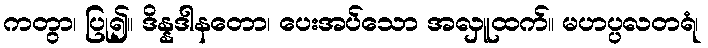
ကတွာ၊ ပြု၍။ ဒိန္နဒါနတော၊ ပေးအပ်သော အလှူထက်။ မဟပ္ပလတရံ၊